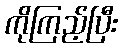
ကိုကြည့်ပြီး